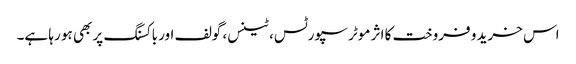
اس خرید و فروخت کا اثر موٹر سپورٹس، ٹینس، گولف اور باکسنگ پر بھی ہو رہا ہے۔